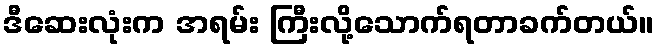
ဒီဆေးလုံးက အရမ်း ကြီးလို့သောက်ရတာခက်တယ်။